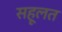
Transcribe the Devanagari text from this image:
सहूलत